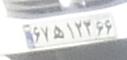
۶۷ه۱۲۳۶۶